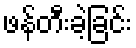
ဖန်တီးခဲ့ခြင်း